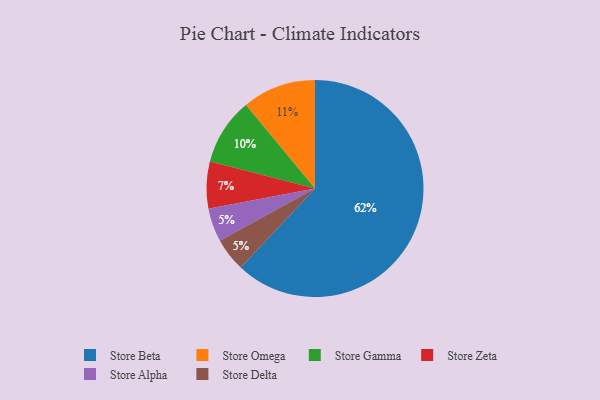
{"axis": {"x": "Category", "y": "Percentage"}, "legend": ["Store Alpha", "Store Beta", "Store Delta", "Store Gamma", "Store Omega", "Store Zeta"], "data": [{"x": "Store Beta", "y": 62, "type": "Store Beta"}, {"x": "Store Omega", "y": 11, "type": "Store Omega"}, {"x": "Store Alpha", "y": 5, "type": "Store Alpha"}, {"x": "Store Gamma", "y": 10, "type": "Store Gamma"}, {"x": "Store Zeta", "y": 7, "type": "Store Zeta"}, {"x": "Store Delta", "y": 5, "type": "Store Delta"}]}